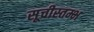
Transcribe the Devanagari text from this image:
सूचीस्तम्भ